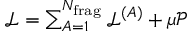
\begin{array} { r } { \mathcal { L } = \sum _ { A = 1 } ^ { N _ { \mathrm { f r a g } } } \mathcal { L } ^ { ( A ) } + \mu \mathcal { P } } \end{array}